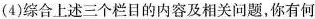
(4)综合上述三个栏目的内容及相关问题，你有何